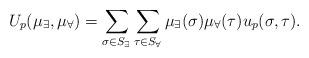
LaTeX: \begin{align*}U_p(\mu_\exists,\mu_\forall) = \sum_{\sigma \in S_\exists}\sum_{\tau \in S_\forall} \mu_\exists(\sigma) \mu_\forall(\tau) u_p(\sigma,\tau).\end{align*}